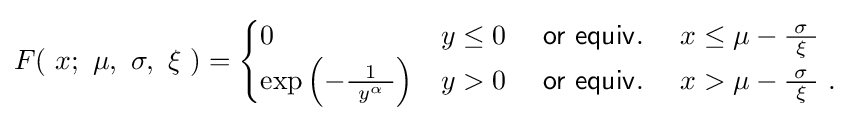
F(\ x;\ \mu ,\ \sigma ,\ \xi \ )={\begin{cases}0&y\leq 0\quad {\mathsf {~or\ equiv.~}}\quad x\leq \mu -{\tfrac {\sigma }{\ \xi \ }}\\\exp \left(-{\frac {1}{~y^{\alpha }\ }}\right)&y>0\quad {\mathsf {~or\ equiv.~}}\quad x>\mu -{\tfrac {\sigma }{\ \xi \ }}~.\end{cases}}